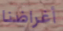
أغراضنا